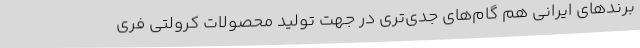
برندهای ایرانی هم گام‌های جدی‌تری در جهت تولید محصولات کرولتی فری